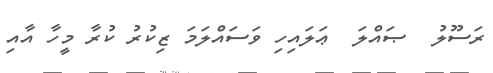
ރަސޫލު  ޞައްލަ  ޢަލައިހި ވަސައްލަމަ ޒިކުރު ކުރާ މީހާ އާއި